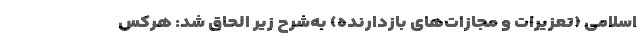
اسلامی (تعزیرات و مجازات‌های بازدارنده) به‌شرح زیر الحاق ‌شد: هرکس